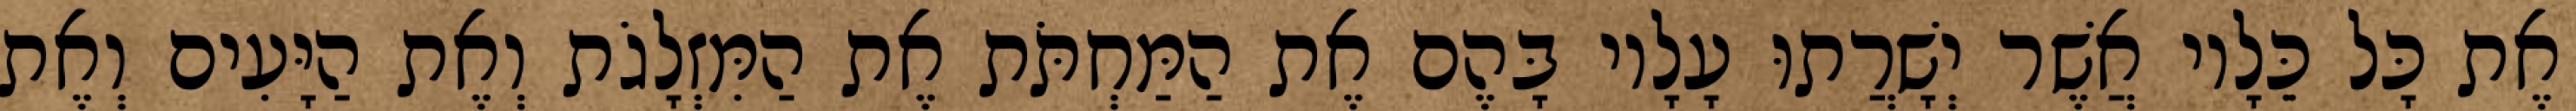
אֶת כָּל כֵּלָיו אֲשֶׁר יְשָׁרֲתוּ עָלָיו בָּהֶם אֶת הַמַּחְתֹּת אֶת הַמִּזְלָגֹת וְאֶת הַיָּעִים וְאֶת